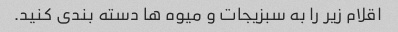
اقلام زیر را به سبزیجات و میوه ها دسته بندی کنید.